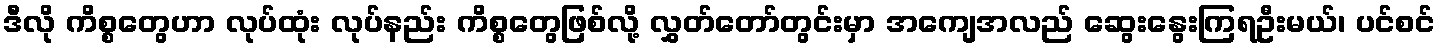
ဒီလို ကိစ္စတွေဟာ လုပ်ထုံး လုပ်နည်း ကိစ္စတွေဖြစ်လို့ လွှတ်တော်တွင်းမှာ အကျေအလည် ဆွေးနွေးကြရဦးမယ်၊ ပင်စင်